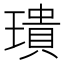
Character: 璝